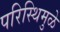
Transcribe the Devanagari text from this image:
परिस्थिमुळे